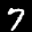
Label: 7